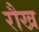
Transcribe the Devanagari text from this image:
रौख